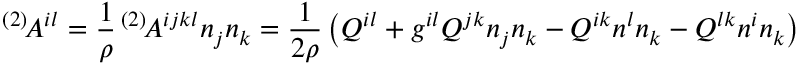
^ { ( 2 ) } \! { \cal A } ^ { i l } = \frac 1 \rho \, ^ { ( 2 ) } \! A ^ { i j k l } n _ { j } n _ { k } = \frac 1 { 2 \rho } \left( Q ^ { i l } + g ^ { i l } Q ^ { j k } n _ { j } n _ { k } - Q ^ { i k } n ^ { l } n _ { k } - Q ^ { l k } n ^ { i } n _ { k } \right)